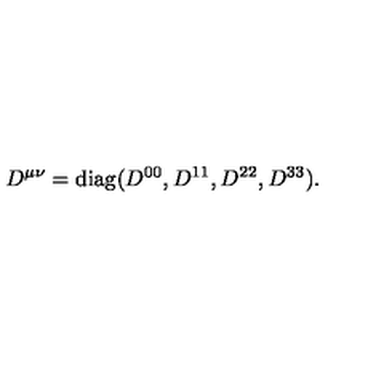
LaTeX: D ^ { \mu \nu } = \mathrm { d i a g } ( D ^ { 0 0 } , D ^ { 1 1 } , D ^ { 2 2 } , D ^ { 3 3 } ) .